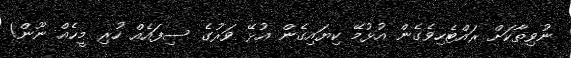
ނުވިތާކަށް ރައްޓެހިވެގެން އުޅުމޭ ކިޔައިގެން އުޅޭ ވަރުގެ ސިފައެއް ހުރި މީހެއް ނޫން!